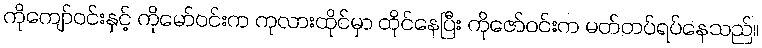
ကိုကျော်ဝင်းနှင့် ကိုမော်ဝင်းက ကုလားထိုင်မှာ ထိုင်နေပြီး ကိုဇော်ဝင်းက မတ်တပ်ရပ်နေသည်။